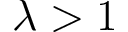
\lambda > 1